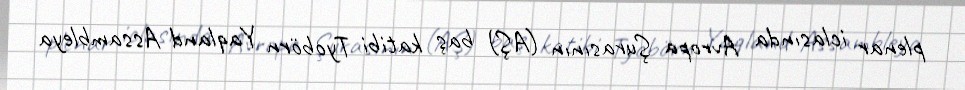
plenar iclasında Avropa Şurasının (AŞ) baş katibi Tyobörn Yaqland Assambleya